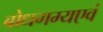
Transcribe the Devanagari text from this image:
बोधगम्यएवं